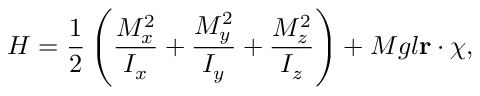
H = \frac { 1 } { 2 } \left( \frac { M _ { x } ^ { 2 } } { I _ { x } } + \frac { M _ { y } ^ { 2 } } { I _ { y } } + \frac { M _ { z } ^ { 2 } } { I _ { z } } \right) + M g l \mathbf { r } \cdot \boldsymbol { \chi } ,